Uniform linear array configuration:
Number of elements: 16
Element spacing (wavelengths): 0.25
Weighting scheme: hamming
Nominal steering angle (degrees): -60
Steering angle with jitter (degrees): -60.309
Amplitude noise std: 0.05
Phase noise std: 0.05

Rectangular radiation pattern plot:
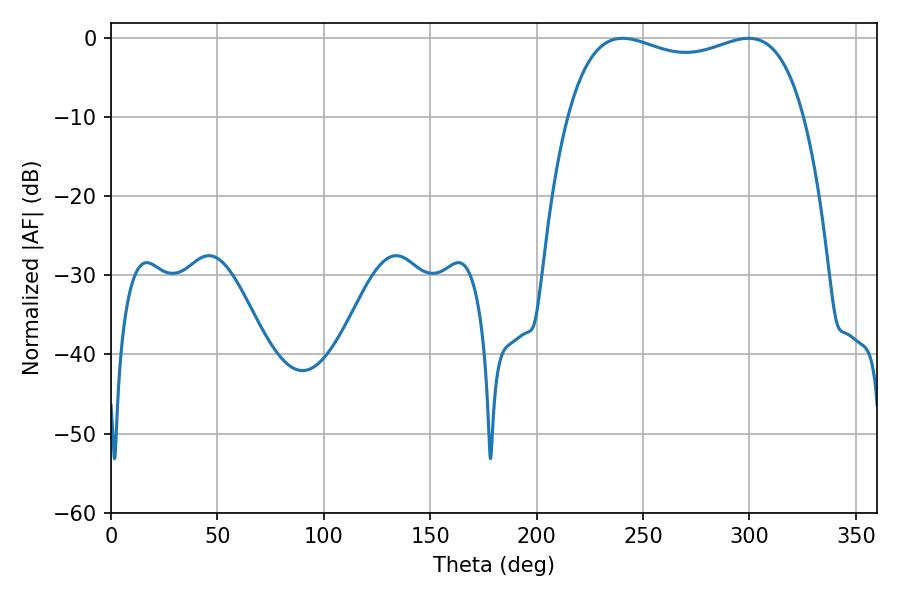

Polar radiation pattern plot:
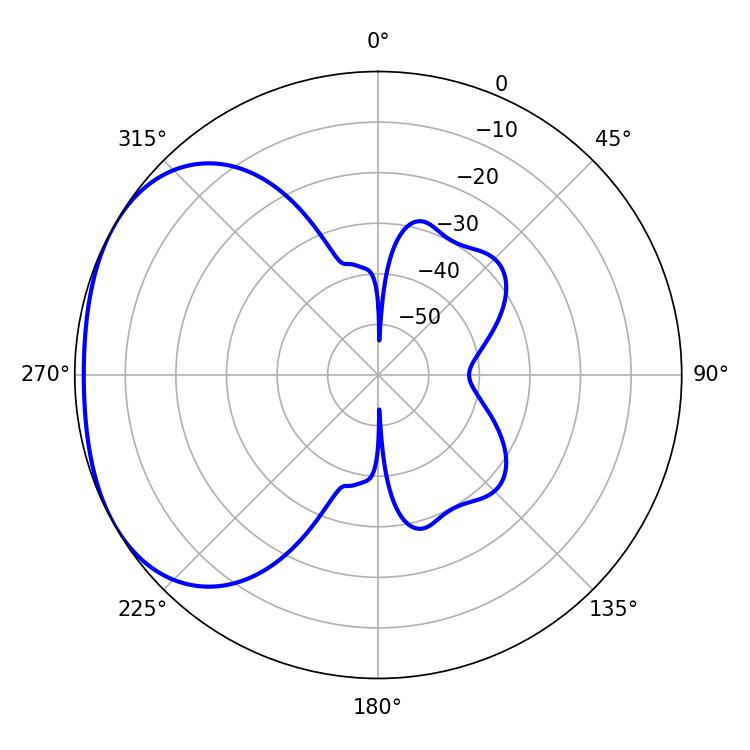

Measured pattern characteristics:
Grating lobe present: FALSE
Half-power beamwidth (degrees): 91.08
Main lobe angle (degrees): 240.3